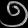
Digit: ၅